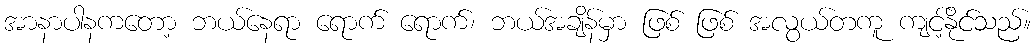
အာနာပါနကတော့ ဘယ်နေရာ ရောက် ရောက်၊ ဘယ်အချိန်မှာ ဖြစ် ဖြစ် အလွယ်တကူ ကျင့်နိုင်သည်။